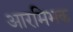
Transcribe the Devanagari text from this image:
आरमिभक